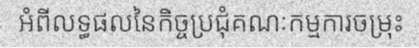
អំពីលទ្ធផលនៃកិច្ចប្រជុំគណៈកម្មការចម្រុះ